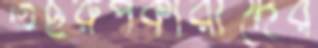
তছরুপকারীদের